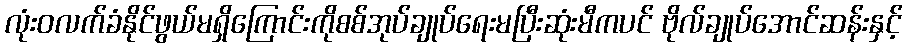
လုံးဝလက်ခံနိုင်ဖွယ်မရှိကြောင်းကိုစစ်အုပ်ချုပ်ရေးမပြီးဆုံးမီကပင် ဗိုလ်ချုပ်အောင်ဆန်းနှင့်